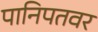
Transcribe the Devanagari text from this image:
पानिपतवर